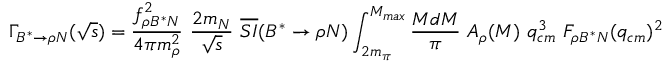
\Gamma _ { B ^ { * } \to \rho N } ( \sqrt { s } ) = \frac { f _ { \rho B ^ { * } N } ^ { 2 } } { 4 \pi m _ { \rho } ^ { 2 } } \ \frac { 2 m _ { N } } { \sqrt { s } } \ \overline { { { S I } } } ( B ^ { * } \to \rho N ) \int _ { 2 m _ { \pi } } ^ { M _ { m a x } } \frac { M d M } { \pi } \ A _ { \rho } ( M ) \ q _ { c m } ^ { 3 } \ F _ { \rho B ^ { * } N } ( q _ { c m } ) ^ { 2 }